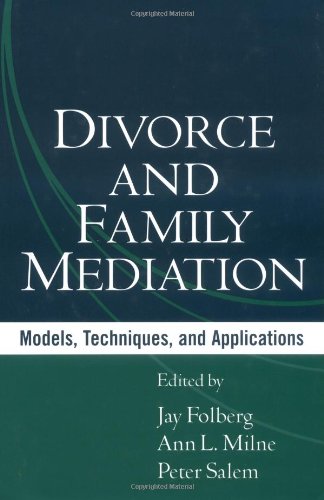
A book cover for Divorce and Family Mediation: Models, Techniques, and Applications; Health, Fitness & Dieting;